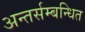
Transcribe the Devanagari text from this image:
अन्तर्सम्बन्धित